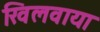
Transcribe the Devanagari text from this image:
खिलवाया